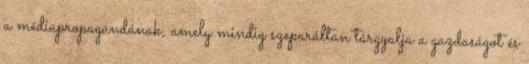
a médiapropagandának, amely mindig szeparáltan tárgyalja a gazdaságot és